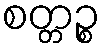
စတ္တဉ္စ